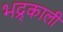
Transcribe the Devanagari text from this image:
भद्र्काली